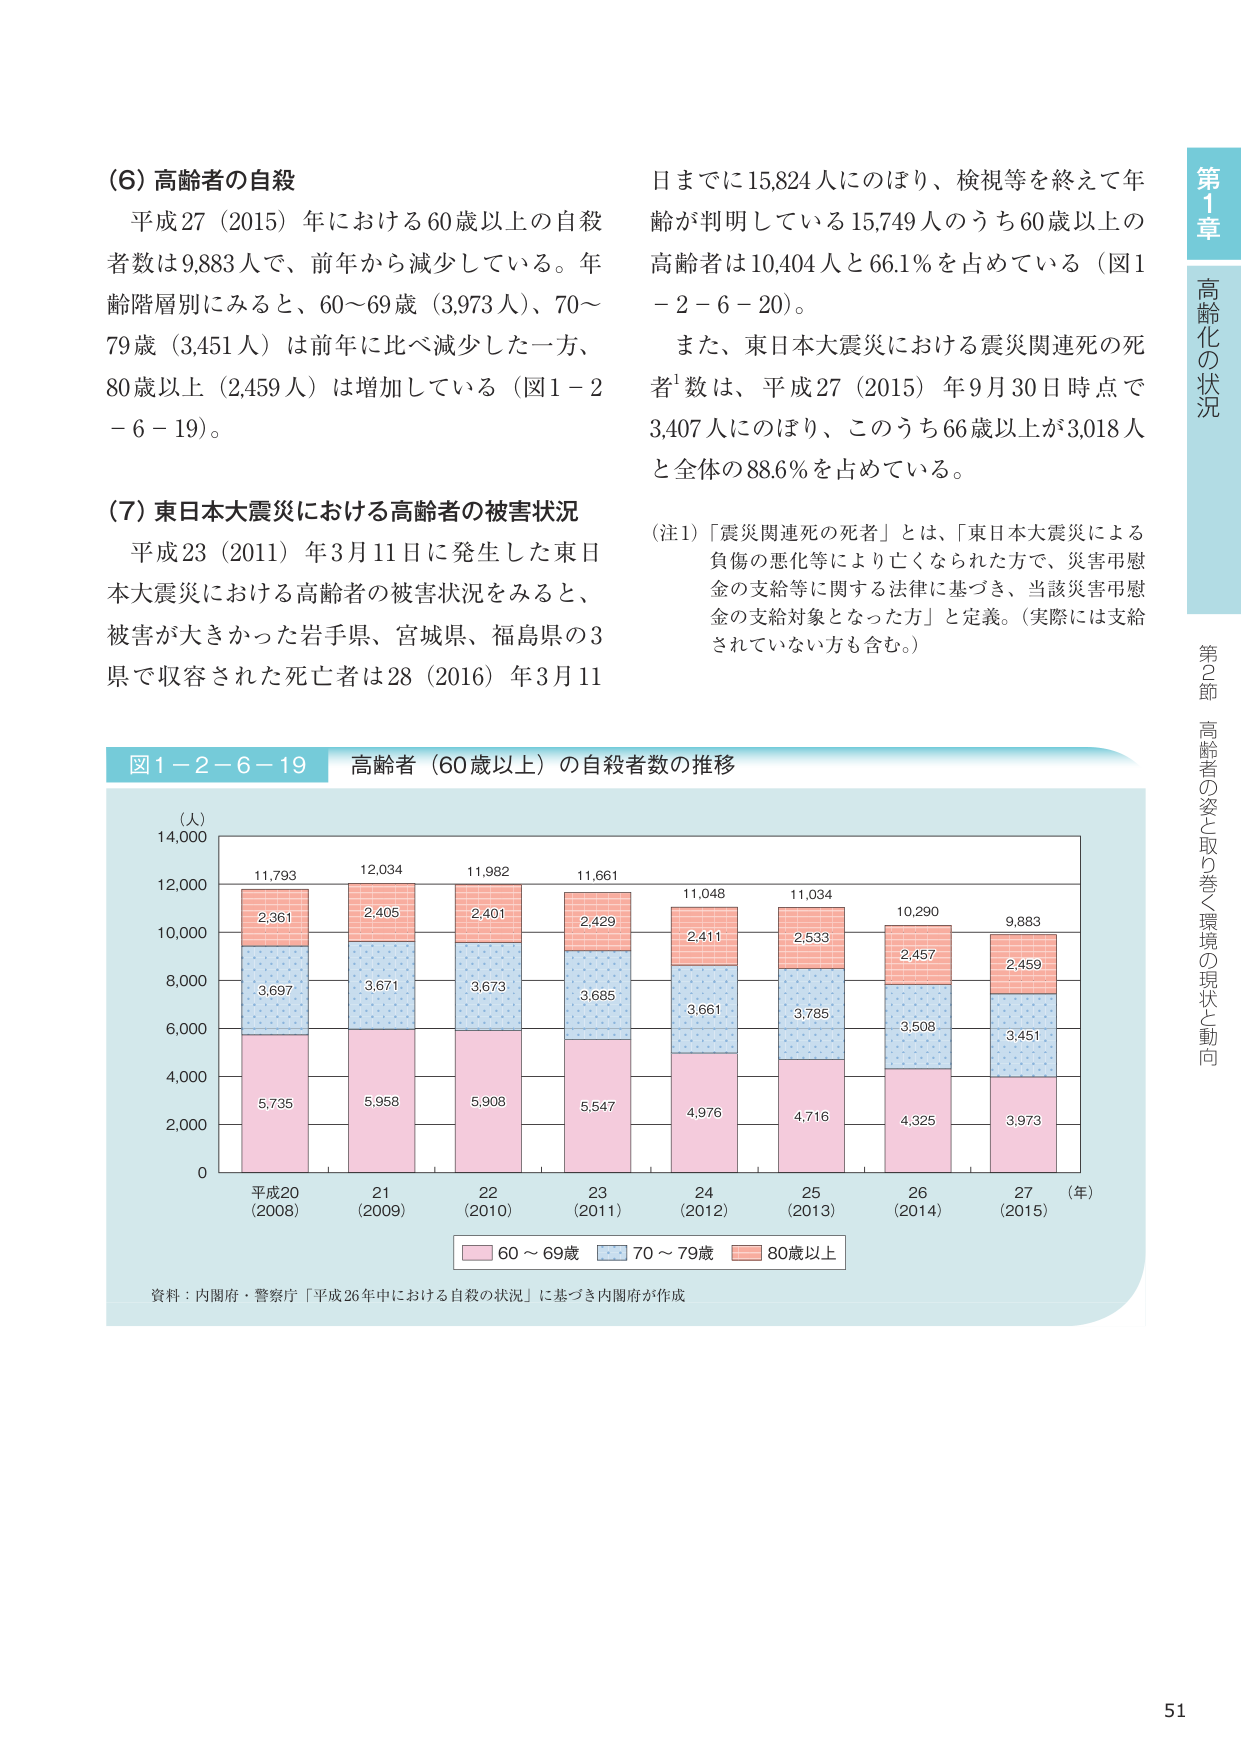
(6) 高齢者の自殺
平成27（2015）年における60歳以上の自殺者数は9,883人で、前年から減少している。年齢階層別にみると、60～69歳（3,973人）、70～79歳（3,451人）は前年に比べ減少した一方、80歳以上（2,459人）は増加している（図1－2－6－19）。

(7) 東日本大震災における高齢者の被害状況
平成23（2011）年3月11日に発生した東日本大震災における高齢者の被害状況をみると、被害が大きかった岩手県、宮城県、福島県の3県で収容された死亡者は28（2016）年3月11日までに15,824人にのぼり、検視等を終えて年齢が判明している15,749人のうち60歳以上の高齢者は10,404人と66.1％を占めている（図1－2－6－20）。

また、東日本大震災における震災関連死の死者¹数は、平成27（2015）年9月30日時点で3,407人にのぼり、このうち66歳以上が3,018人と全体の88.6％を占めている。

（注1）「震災関連死の死者」とは、「東日本大震災による負傷の悪化等により亡くなられた方で、災害弔慰金の支給等に関する法律に基づき、当該災害弔慰金の支給対象となった方」と定義。（実際には支給されていない方も含む。）

図1－2－6－19 高齢者（60歳以上）の自殺者数の推移
（人）
14,000
12,000
10,000
8,000
6,000
4,000
2,000
0
平成20（2008） 21（2009） 22（2010） 23（2011） 24（2012） 25（2013） 26（2014） 27（2015）（年）
11,793
2,361
3,697
5,735
12,034
2,405
3,671
5,958
11,982
2,401
3,673
5,908
11,661
2,429
3,685
5,547
11,048
2,411
3,661
4,976
11,034
2,533
3,785
4,716
10,290
2,457
3,508
4,325
9,883
2,459
3,451
3,973
■ 60～69歳 ■ 70～79歳 ■ 80歳以上
資料：内閣府・警察庁「平成26年中における自殺の状況」に基づき内閣府が作成

第1章 高齢化の状況
第2節 高齢者の姿と取り巻く環境の現状と動向
51